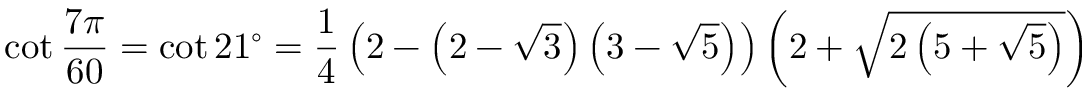
\cot { \frac { 7 \pi } { 6 0 } } = \cot 2 1 ^ { \circ } = { \frac { 1 } { 4 } } \left( 2 - \left( 2 - { \sqrt { 3 } } \right) \left( 3 - { \sqrt { 5 } } \right) \right) \left( 2 + { \sqrt { 2 \left( 5 + { \sqrt { 5 } } \right) } } \right)